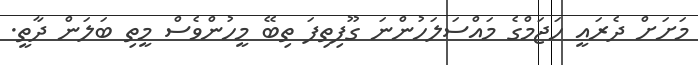
މަށަށް ދެރައީ ހަޖަމްގެ މައްސަލަހުންނަ ގޫފިތިފަ ތިބޭ މީހުންވެސް މީތި ބަލަން ދާތީ.